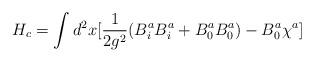
LaTeX: \begin{align*}H_{c} = \int d^{2}x[\frac{1}{2g^{2}}(B^{a}_{i} B^{a}_{i} + B^{a}_{0}B^{a}_{0}) - B^{a}_{0}\chi^{a}] \end{align*}